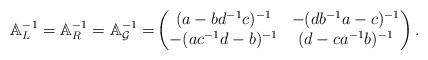
LaTeX: \begin{align*}\mathbb{A}^{-1}_L=\mathbb{A}^{-1}_R=\mathbb{A}_\mathcal{G}^{-1}=&\left(\begin{matrix}(a-bd^{-1}c)^{-1} & -(db^{-1}a-c)^{-1}\\ -(ac^{-1}d-b)^{-1} & (d-ca^{-1}b)^{-1}\end{matrix}\right).\end{align*}